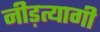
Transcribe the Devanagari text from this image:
नीड़त्यागी